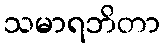
သမာရဘိတာ